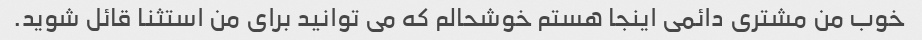
خوب من مشتری دائمی اینجا هستم خوشحالم که می توانید برای من استثنا قائل شوید.